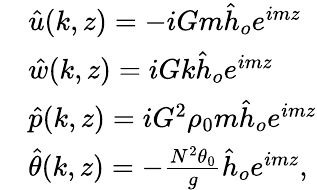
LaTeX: \begin{array}{rl}&{\hat{u}(k,z)=-iGm\hat{h}_{o}e^{imz}}\\ &{\hat{w}(k,z)=iGk\hat{h}_{o}e^{imz}}\\ &{\hat{p}(k,z)=iG^{2}\rho_{0}m\hat{h}_{o}e^{imz}}\\ &{\hat{\theta}(k,z)=-\frac{N^{2}\theta_{0}}{g}\hat{h}_{o}e^{imz},}\end{array}